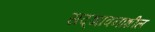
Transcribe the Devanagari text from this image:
सद्‌भावनाशील